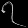
Digit: ၇